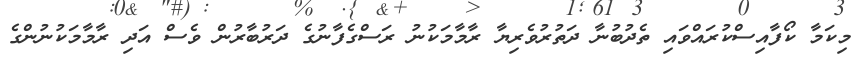
މިކަމާ ކޯފާއިސްކުރައްވައި ތެދުބުނާ ދަތުރުވެރިޔާ ރާމާމަކުނު ރަސްގެފާނުގެ ދަރުބާރުން ވެސް އަދި ރާމާމަކުނުންގެ